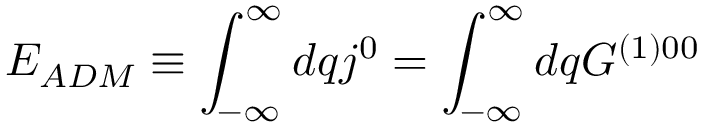
E _ { A D M } \equiv \int _ { - \infty } ^ { \infty } d q j ^ { 0 } = \int _ { - \infty } ^ { \infty } d q G ^ { ( 1 ) 0 0 }